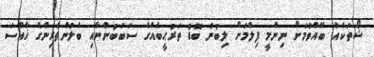
ޝޯތަކެއް ބޭއްވުމަށް ނިންމީ ފިލްމަށް ލިބުނު ބޮޑު ތަރުޙީބެއްގެ ސަބަބުންނާއި ބެލުންތެރިންގެ ޚާއްސަ